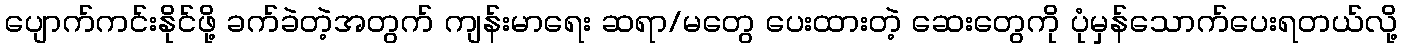
ပျောက်ကင်းနိုင်ဖို့ ခက်ခဲတဲ့အတွက် ကျန်းမာရေး ဆရာ/မတွေ ပေးထားတဲ့ ဆေးတွေကို ပုံမှန်သောက်ပေးရတယ်လို့